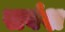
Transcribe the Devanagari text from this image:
सवंश